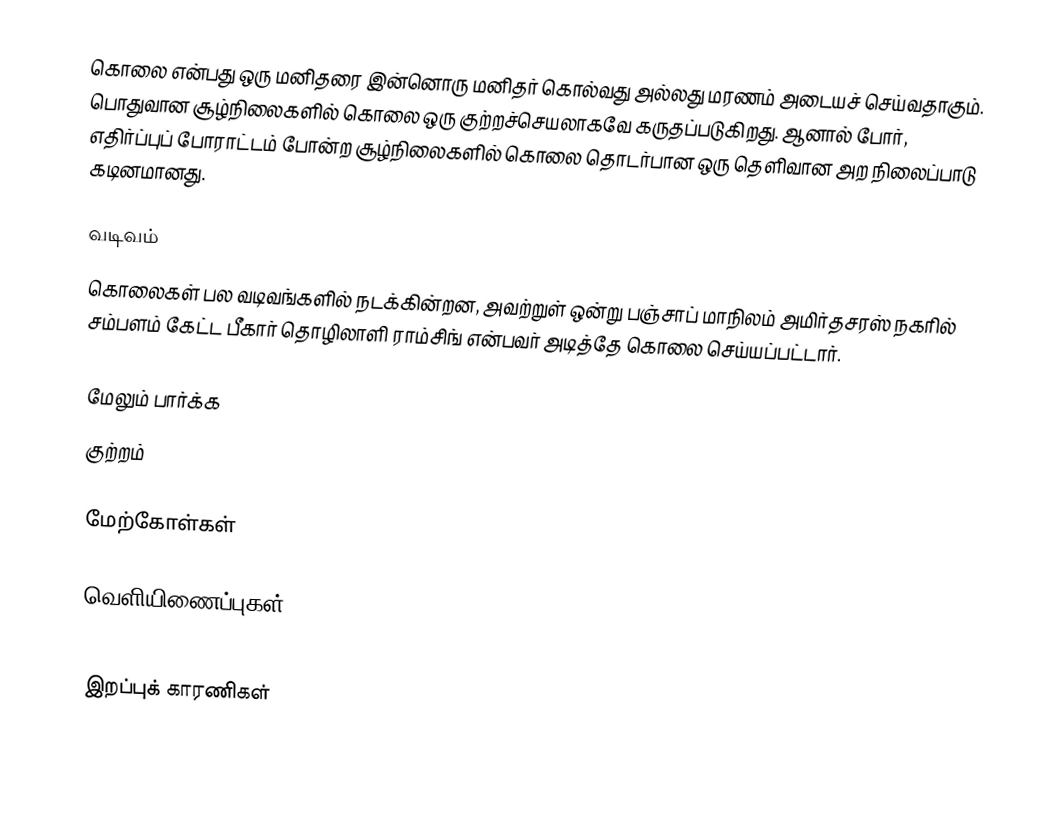
கொலை என்பது ஒரு மனிதரை இன்னொரு மனிதர் கொல்வது அல்லது மரணம் அடையச் செய்வதாகும். பொதுவான சூழ்நிலைகளில் கொலை ஒரு குற்றச்செயலாகவே கருதப்படுகிறது. ஆனால் போர், எதிர்ப்புப் போராட்டம் போன்ற சூழ்நிலைகளில் கொலை தொடர்பான ஒரு தெளிவான அற நிலைப்பாடு கடினமானது.

வடிவம்
கொலைகள் பல வடிவங்களில் நடக்கின்றன, அவற்றுள் ஒன்று பஞ்சாப் மாநிலம் அமிர்தசரஸ் நகரில் சம்பளம் கேட்ட பீகார் தொழிலாளி ராம்சிங் என்பவர் அடித்தே கொலை செய்யப்பட்டார்.

மேலும் பார்க்க
 குற்றம்

மேற்கோள்கள்

வெளியிணைப்புகள்

இறப்புக் காரணிகள்